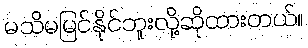
မသိမမြင်နိုင်ဘူးလို့ဆိုထားတယ်။